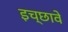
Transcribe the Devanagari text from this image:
इच्छावे